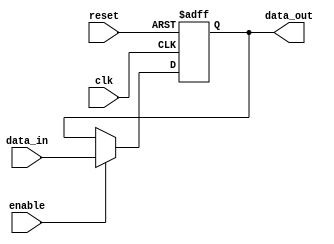
module parameterized_register #(
    parameter WIDTH = 8  // Parameter to define the width of the register
)(
    input wire clk,             // Clock signal
    input wire reset,           // Asynchronous reset signal
    input wire [WIDTH-1:0] data_in, // Input data signal
    input wire enable,          // Control signal to load data
    output reg [WIDTH-1:0] data_out // Output data signal
);

// Behavioral description of the register
always @(posedge clk or posedge reset) begin
    if (reset) begin
        data_out <= {WIDTH{1'b0}}; // Initialize register to zero
    end else if (enable) begin
        data_out <= data_in; // Load data on enable
    end
    // If neither reset nor enable are asserted, retain previous value
end

endmodule